Report on vaccination in the Province of Bengal - 1869-1873
Year: 1869
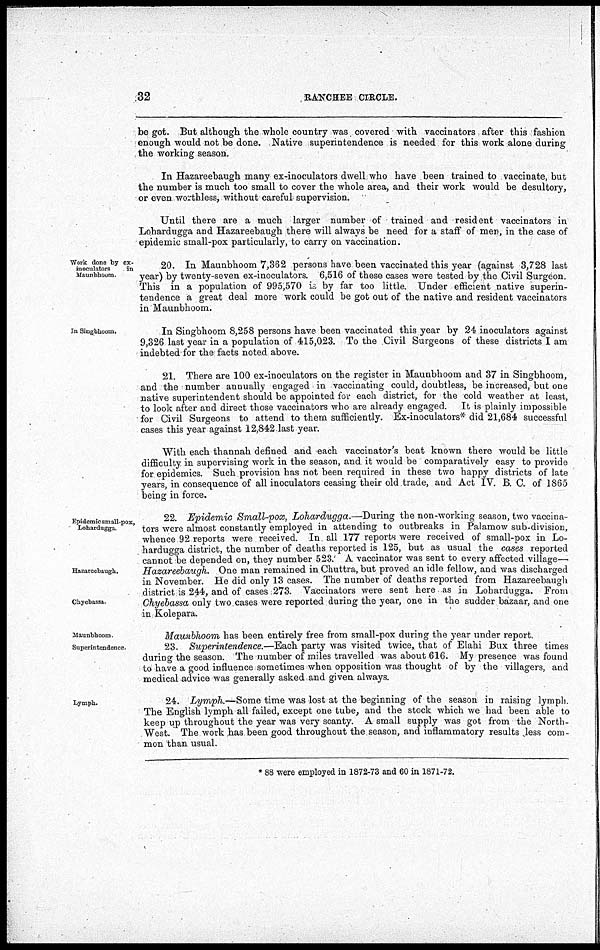
32
RANCHEE CIRCLE.
be got. But although the whole country was covered with vaccinators after this fashion
enough would not be done. Native superintendence is needed for this work alone during
the working season.
In Hazareebaugh many ex-inoculators dwell who have been trained to vaccinate, but
the number is much too small to cover the whole area, and their work would be desultory,
or even worthless, without careful supervision.
Until there are a much larger number of trained and resident vaccinators in
Lohardugga and Hazareebaugh there will always be need for a staff of men, in the case of
epidemic small-pox particularly, to carry on vaccination.
Work done by ex-
inoculators
in
Maunbhoom
20. In Maunbhoom 7,362 persons have been vaccinated this year (against 3,728 last
year) by twenty-seven ex-inoculators. 6,516 of these cases were tested by the Civil Surgeon.
This in a population of 995,570 is by far too little. Under efficient native superin-
tendence a great deal more work could be got out of the native and resident vaccinators
in Maunbhoom.
In Singbhoom.
In Singbhoom 8,258 persons have been vaccinated this year by 24 inoculators against
9,326 last year in a population of 415,023. To the Civil Surgeons of these districts I am
indebted for the facts noted above.
21. There are 100 ex-inoculators on the register in Maunbhoom and 37 in Singbhoom,
and the number annually engaged in vaccinating could, doubtless, be increased, but one
native superintendent should be appointed for each district, for the cold weather at least,
to look after and direct those vaccinators who are already engaged. It is plainly impossible
for Civil Surgeons to attend to them sufficiently. Ex-inoculators* did 21,684 successful
cases this year against 12,842 last year.
With each thannah defined and each vaccinator's beat known there would be little
difficulty in supervising work in the season, and it would be comparatively easy to provide
for epidemics. Such provision has not been required in these two happy districts of late
years, in consequence of all inoculators ceasing their old trade, and Act IV. B. C. of 1865
being in force.
Epidemic small-pox,
Lohardugga.
Hazareebaugh.
Chyebassa
22. Epidemic Small-pox, Lohardugga.—During the non-working season, two vaccina-
tors were almost constantly employed in attending to outbreaks in Palamow sub-division,
whence 92 reports were received. In all 177 reports were received of small-pox in Lo-
hardugga district, the number of deaths reported is 125, but as usual the cases reported
cannot be depended on, they number 523.' A vaccinator was sent to every affected village—
Hazareebaugh. One man remained in Chuttra, but proved an idle fellow, and was discharged
in November. He did only 13 cases. The number of deaths reported from Hazareebaugh
district is 244, and of cases 273. Vaccinators were sent here as in Lohardugga. From
Chyebassa only two cases were reported during the year, one in the sudder bazaar, and one
in Kolepara.
Maunbhoom
Superintendence.
Maunbhoom has been entirely free from small-pox during the year under report.
23. Superintendence.—Each party was visited twice, that of Elahi Bux three times
during the season. The number of miles travelled was about 616. My presence was found
to have a good influence sometimes when opposition was thought of by the villagers, and
medical advice was generally asked and given always.
Lymph.
24. Lymph.—Some time was lost at the beginning of the season in raising lymph.
The English lymph all failed, except one tube, and the stock which we had been able to
keep up throughout the year was very scanty. A small supply was got from the North-
West. The work has been good throughout the season, and inflammatory results less com-
mon than usual.
* 88 were employed in 1872-73 and 60 in 1871-72.